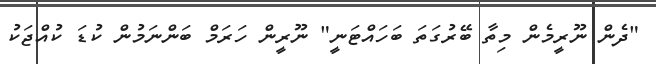
"ދެން ނޫރީމެން މިތާ ބޭރުގަތަ ބަހައްޓަނީ" ނޫރީން ހަރަމް ބަންނަމުން ކުޑަ ކުއްޖަކު